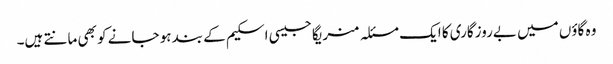
وہ گاؤں میں بےروزگاری کا ایک مسئلہ منریگا جیسی اسکیم کے بند ہو جانے کو بھی مانتے ہیں۔